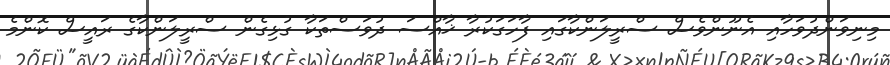
މިނިވަންދުވަހާއި އެނޫންވެސް ސްރީލަންކާގައި ފާހަގަކުރާ ޚާއްސަ ދުވަސްތަކާ ގުޅިގެން ސްރީލަންކާގެ ރައީސް ކޮންމެ